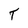
Character: T